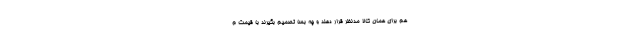
هم برای همان کالا مدنظر قرار دهند و چه بسا تصمیم بگیرند با قیمت م